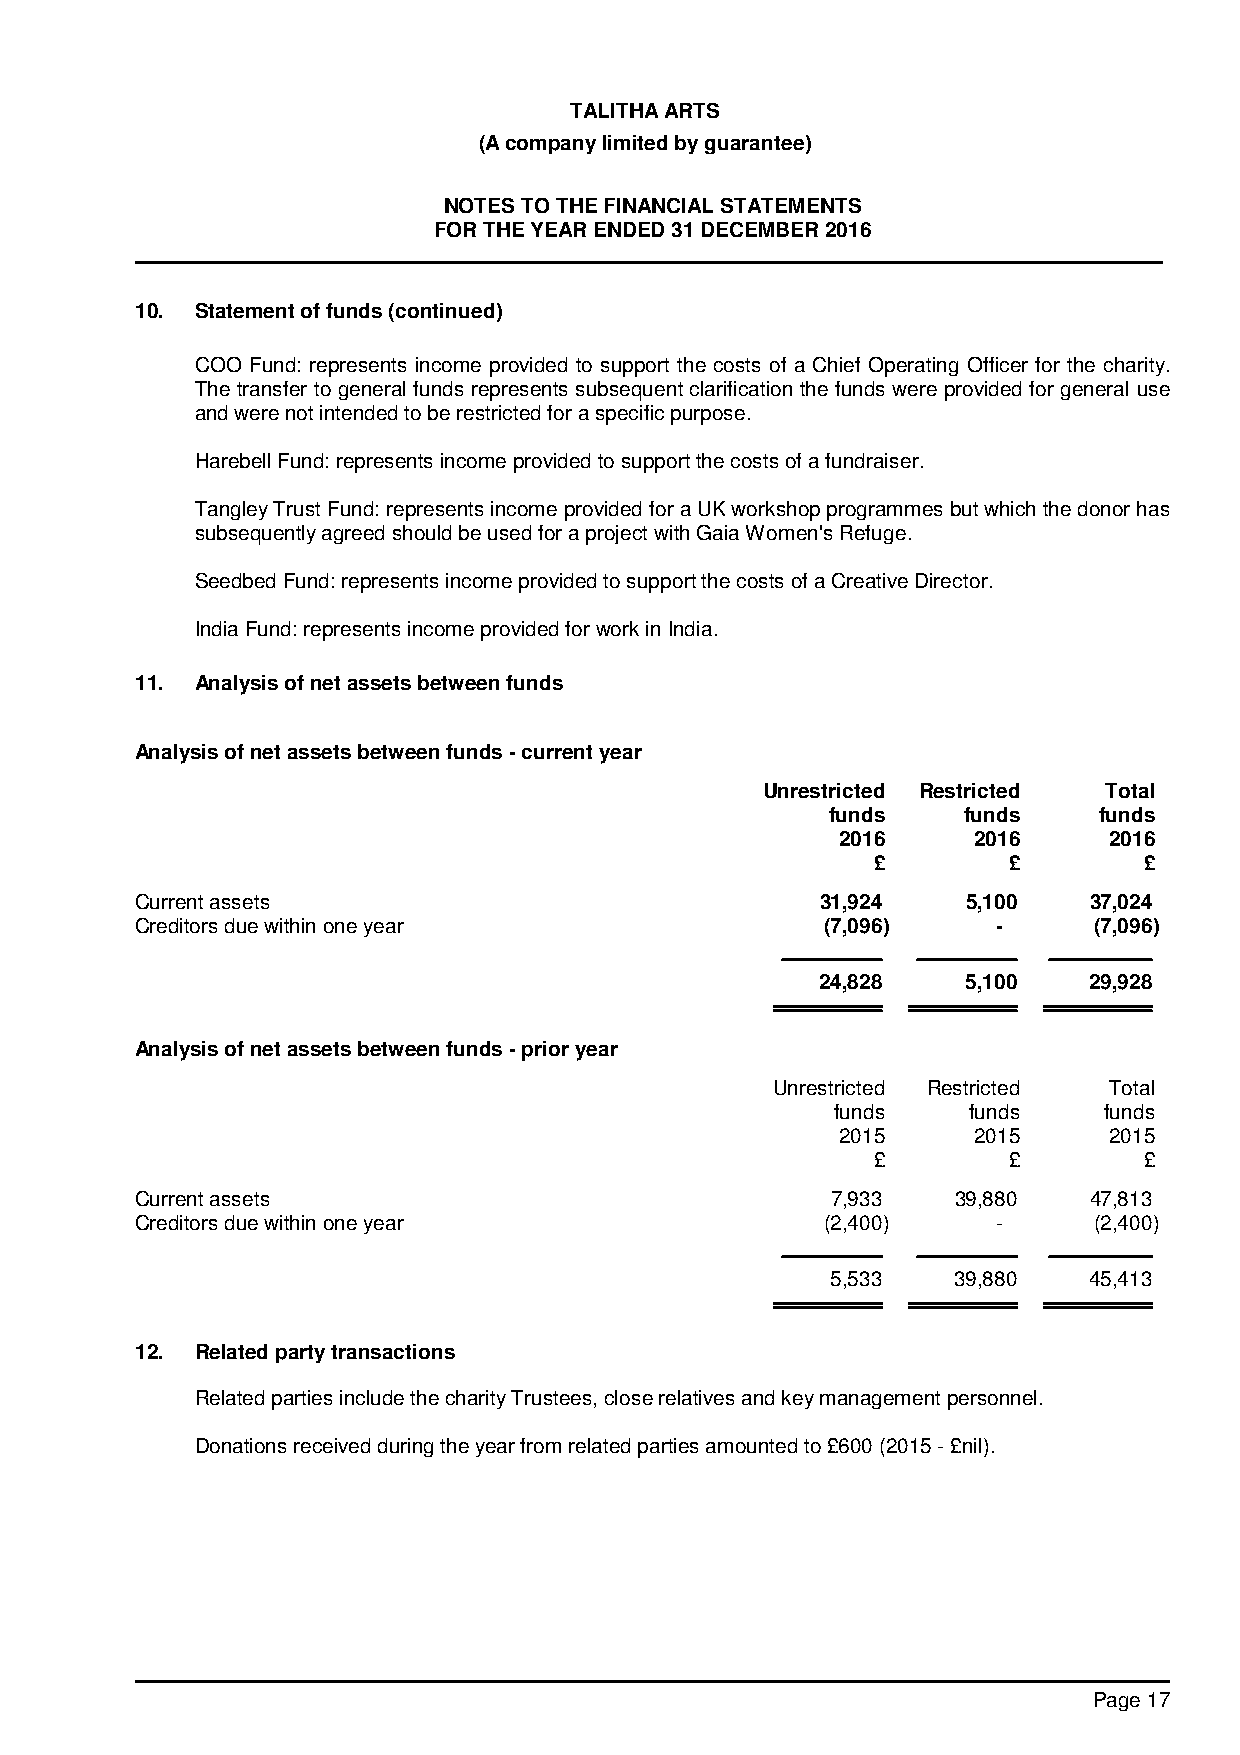
TALITHA ARTS
 (A company limited by guarantee)
 NOTES TO THE FINANCIAL STATEMENTS
 FOR THE YEAR ENDED 31 DECEMBER 2016
 10. Statement of funds (continued)
 COO Fund: represents income provided to support the costs of a Chief Operating Officer for the charity.
 The transfer to general funds represents subsequent clarification the funds were provided for general use
 and were not intended to be restricted for a specific purpose.
 Harebell Fund: represents income provided to support the costs of a fundraiser.
 Tangley Trust Fund: represents income provided for a UK workshop programmes but which the donor has
 subsequently agreed should be used for a project with Gaia Women's Refuge.
 Seedbed Fund: represents income provided to support the costs of a Creative Director.
 India Fund: represents income provided for work in India.
 11. Analysis of net assets between funds
 Analysis of net assets between funds - current year
 Unrestricted Restricted Total
 funds    funds    funds
 2016    2016     2016
 £        £        £
 Current assets                               31,924    5,100   37,024
 Creditors due within one year                 (7,096)    -     (7,096)
 24,828    5,100   29,928
 Analysis of net assets between funds - prior year
 Unrestricted Restricted Total
 funds    funds    funds
 2015    2015     2015
 £        £        £
 Current assets                                7,933   39,880   47,813
 Creditors due within one year                 (2,400)    -     (2,400)
 5,533   39,880   45,413
 12. Related party transactions
 Related parties include the charity Trustees, close relatives and key management personnel.
 Donations received during the year from related parties amounted to £600 (2015 - £nil).
 Page 17